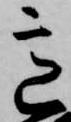
意